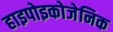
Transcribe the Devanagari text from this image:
हाइपोइकोजेनिक